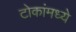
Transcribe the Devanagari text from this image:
टोकांमध्ये